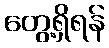
တွေ့ရှိရန်